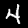
Digit: 4